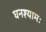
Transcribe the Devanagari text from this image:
घनश्यामः